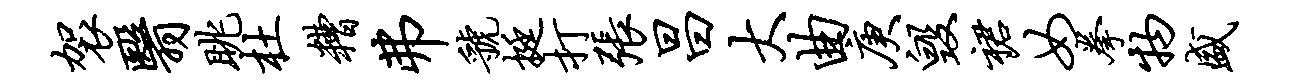
袈翳眺杜糟弗虢挺打张昌大曲庚毁裙女拳物盛